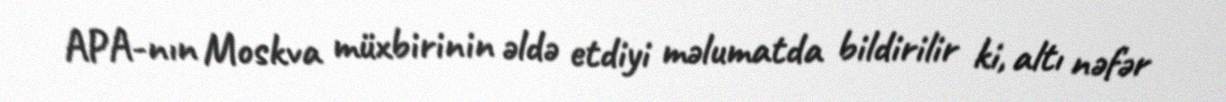
APA-nın Moskva müxbirinin əldə etdiyi məlumatda bildirilir ki, altı nəfər